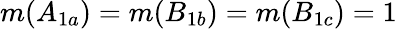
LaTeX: m(A_{1a})=m(B_{1b})=m(B_{1c})=1